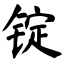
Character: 锭